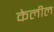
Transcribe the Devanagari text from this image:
केलील